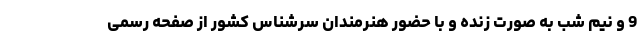
9 و نیم شب به صورت زنده و با حضور هنرمندان سرشناس کشور از صفحه رسمی